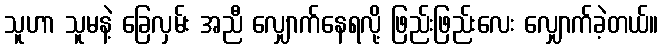
သူဟာ သူမနဲ့ ခြေလှမ်း အညီ လျှောက်နေရလို့ ဖြည်းဖြည်းလေး လျှောက်ခဲ့တယ်။